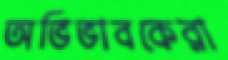
অভিভাবকেরা